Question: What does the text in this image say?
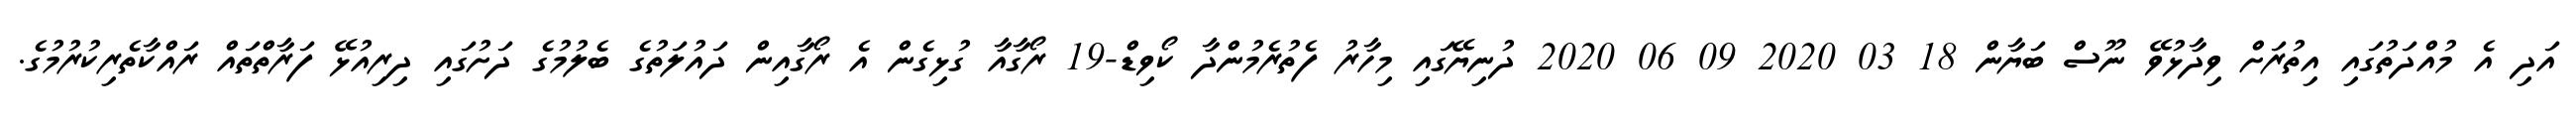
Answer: އަދި އެ މުއްދަތުގައި އިތުރަށް ވިދާޅުވޭ ނޫސް ބަޔާން 18 03 2020 09 06 2020 ދުނިޔޭގައި މިހާރު ފެތުރެމުންދާ ކޯވިޑް-19 ރޯގާއާ ގުޅިގެން އެ ރޯގާއިން ދައުލަތުގެ ބެލުމުގެ ދަށުގައި ދިރިއުޅޭ ފަރާތްތައް ރައްކާތެރިކުރުމުގެ.